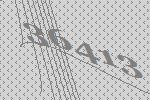
36413